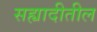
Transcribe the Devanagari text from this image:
सह्यादीतील